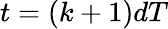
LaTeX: t=(k+1)dT